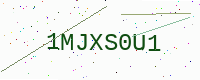
Text: 1MJXS0U1